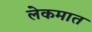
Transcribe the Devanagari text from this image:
लेकमात